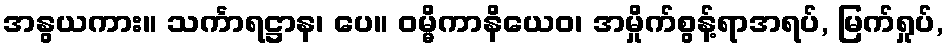
အနွယကား။ သင်္ကာရဋ္ဌာန၊ ပေ။ ဝမ္မိကာနိယေဝ၊ အမှိုက်စွန့်ရာအရပ်, မြက်ရှုပ်,